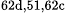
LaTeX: ^\textrm{\scriptsize 62d,51,62c}